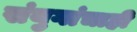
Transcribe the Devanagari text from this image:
संयुगांचाही